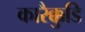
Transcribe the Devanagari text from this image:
कारैक्कुडि